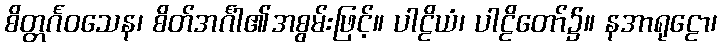
စိတ္တင်္ဂဝသေန၊ စိတ်အင်္ဂါ၏အစွမ်းဖြင့်။ ပါဠိယံ၊ ပါဠိတော်၌။ နအာရုဠော၊